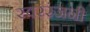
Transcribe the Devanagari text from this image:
स्वररंजनी